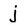
Character: j